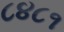
૮૪૮૧